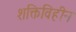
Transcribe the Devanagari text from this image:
शक्तिविहीन